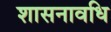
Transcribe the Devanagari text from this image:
शासनावधि